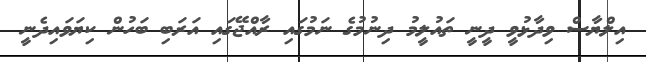
އިލްޔާސް ވިދާޅުވީ ދީނީ ތައުލީމު ދިނުމުގެ ނަމުގައި ރާއްޖޭގައި އަރަބި ބަހުން ކިޔަވައިދެނީ